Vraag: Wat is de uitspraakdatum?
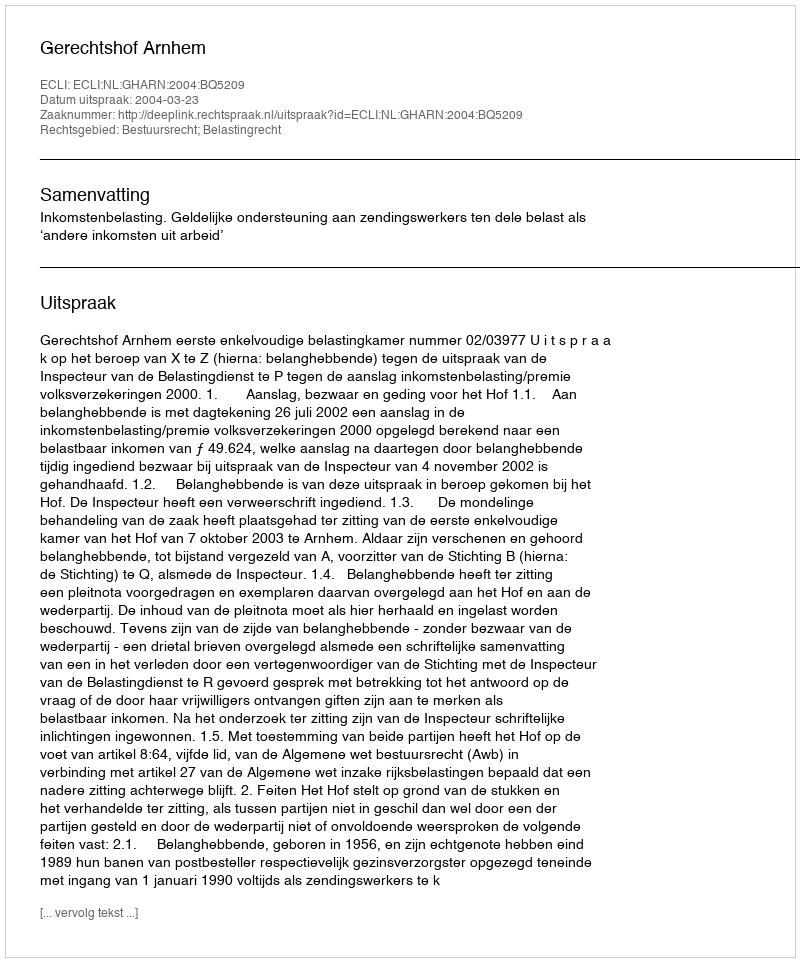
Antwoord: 2004-03-23